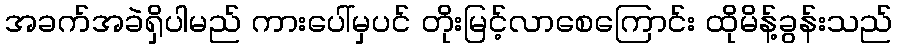
အခက်အခဲရှိပါမည် ကားပေါ်မှပင် တိုးမြင့်လာစေကြောင်း ထိုမိန့်ခွန်းသည်